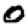
Digit: 0